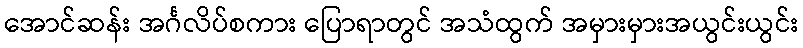
အောင်ဆန်း အင်္ဂလိပ်စကား ပြောရာတွင် အသံထွက် အမှားမှားအယွင်းယွင်း